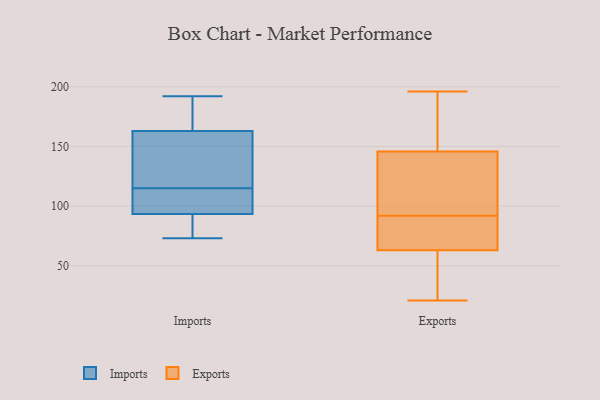
{"axis": {"x": "Revenue (USD Million)", "y": "Value"}, "legend": ["Exports", "Imports"], "data": [{"x": "", "y": 148, "type": "Imports"}, {"x": "", "y": 192, "type": "Imports"}, {"x": "", "y": 93, "type": "Imports"}, {"x": "", "y": 83, "type": "Imports"}, {"x": "", "y": 115, "type": "Imports"}, {"x": "", "y": 73, "type": "Imports"}, {"x": "", "y": 148, "type": "Imports"}, {"x": "", "y": 105, "type": "Imports"}, {"x": "", "y": 95, "type": "Imports"}, {"x": "", "y": 181, "type": "Imports"}, {"x": "", "y": 168, "type": "Imports"}, {"x": "", "y": 81, "type": "Exports"}, {"x": "", "y": 114, "type": "Exports"}, {"x": "", "y": 144, "type": "Exports"}, {"x": "", "y": 92, "type": "Exports"}, {"x": "", "y": 82, "type": "Exports"}, {"x": "", "y": 196, "type": "Exports"}, {"x": "", "y": 21, "type": "Exports"}, {"x": "", "y": 68, "type": "Exports"}, {"x": "", "y": 184, "type": "Exports"}, {"x": "", "y": 152, "type": "Exports"}, {"x": "", "y": 77, "type": "Exports"}, {"x": "", "y": 25, "type": "Exports"}, {"x": "", "y": 139, "type": "Exports"}, {"x": "", "y": 119, "type": "Exports"}, {"x": "", "y": 151, "type": "Exports"}, {"x": "", "y": 35, "type": "Exports"}, {"x": "", "y": 48, "type": "Exports"}]}